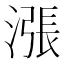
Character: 漲